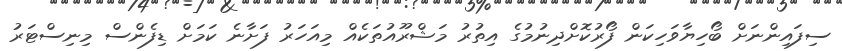
ސިފައިންނަށް ބޯހިޔާވަހިކަން ފޯރުކޮށްދިނުމުގެ އިތުރު މަޝްރޫއުތަކެއް މިއަހަރު ފަށާނެ ކަމަށް ޑިފެންސް މިނިސްޓަރު